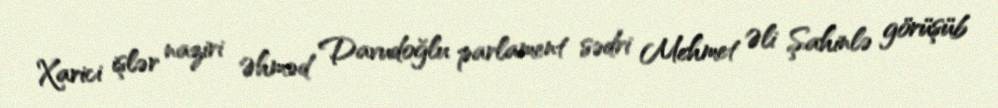
Xarici işlər naziri Əhməd Davudoğlu parlament sədri Mehmet Əli Şahinlə görüşüb